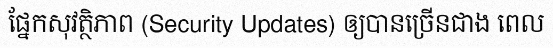
ផ្នែកសុវត្ថិភាព (Security Updates) ឲ្យបានច្រើនជាង ពេល